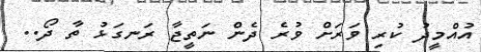
އުއްމީދު ކުރި ވަރަށް ވުރެ ދެން ނަތީޖާ ރަނގަޅު ތާ ދޯ..